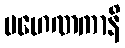
ပဟေဏကာနိ